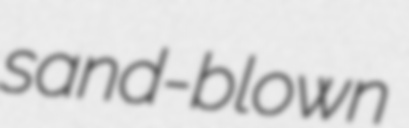
sand-blown